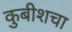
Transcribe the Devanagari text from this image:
कुबीशचा